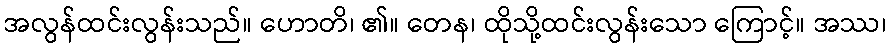
အလွန်ထင်းလွန်းသည်။ ဟောတိ၊ ၏။ တေန၊ ထိုသို့ထင်းလွန်းသော ကြောင့်။ အဿ၊